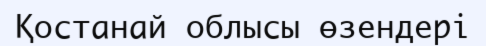
Қостанай облысы өзендері